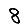
Digit: 8